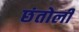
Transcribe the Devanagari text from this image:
छंतोली